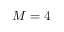
M = 4